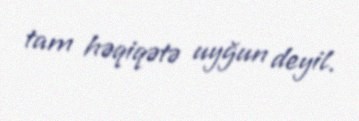
tam həqiqətə uyğun deyil.